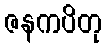
ဇနကပိတု